Civil Veterinary Department. Central Provinces & Berar 1932-41 - 1932-1941
Year: 1932
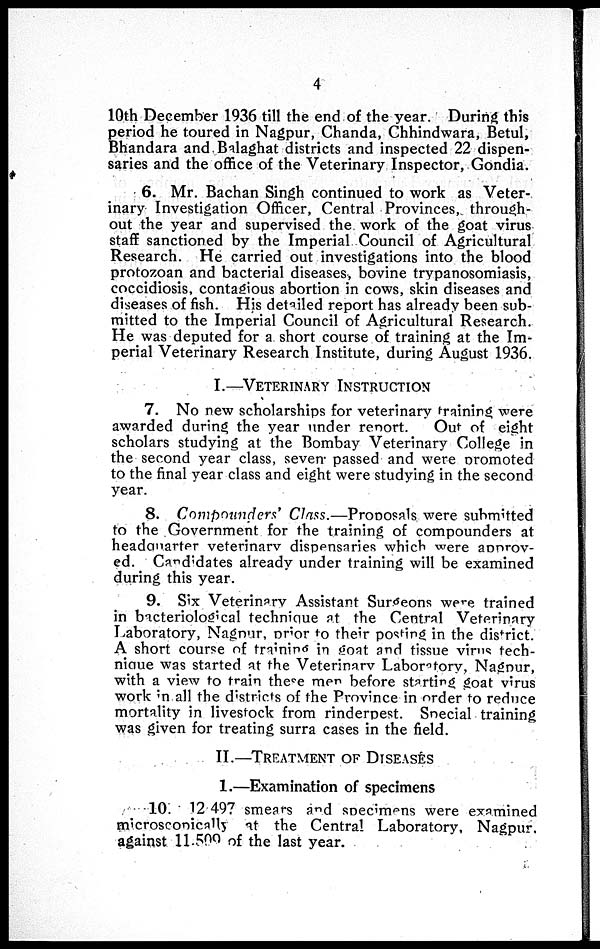
4
10th December 1936 till the end of the year. During this
period he toured in Nagpur, Chanda, Chhindwara, Betul,
Bhandara and Balaghat districts and inspected 22 dispen-
saries and the office of the Veterinary Inspector, Gondia.
6. Mr. Bachan Singh continued to work as Veter-
inary Investigation Officer, Central Provinces, through-
out the year and supervised the work of the goat virus
staff sanctioned by the Imperial Council of Agricultural
Research. He carried out investigations into the blood
protozoan and bacterial diseases, bovine trypanosomiasis,
coccidiosis, contagious abortion in cows, skin diseases and
diseases of fish. His detailed report has already been sub-
mitted to the Imperial Council of Agricultural Research.
He was deputed for a short course of training at the Im-
perial Veterinary Research Institute, during August 1936.
I.—VETERINARY
INSTRUCTION
7. No new scholarships for veterinary training were
awarded during the year under report.
Out of eight
scholars studying at the Bombay Veterinary College in
the second year class, seven passed and were promoted
to the final year class and eight were studying in the second
year.
8. Compounders' Class.—Proposals were submitted
to the Government for the training of compounders at
headquarter veterinary dispensaries which were approv-
ed. Candidates already under training will be examined
during this year.
9. Six Veterinary Assistant Surgeons were trained
in bacteriological technique at the Central Veterinary
Laboratory, Nagpur, prior to their posting in the district.
A short course of training in goat and tissue virus tech-
nique was started at the Veterinary Laboratory, Nagpur,
with a view to train these men before starting goat virus
work in all the districts of the Province in order to reduce
mortality in livestock from rinderpest. Special training
was given for treating surra cases in the field.
II.—TREATMENT OF DISEASES
1.—Examination of specimens
10. 12,497 smears and specimens were examined
microscopically at the Central Laboratory, Nagpur.
against 11,509 of the last year.